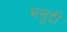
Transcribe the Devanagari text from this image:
मसुद्दी